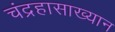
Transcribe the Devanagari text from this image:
चंद्रहासाख्यान